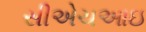
સીએચઆઇ